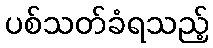
ပစ်သတ်ခံရသည့်